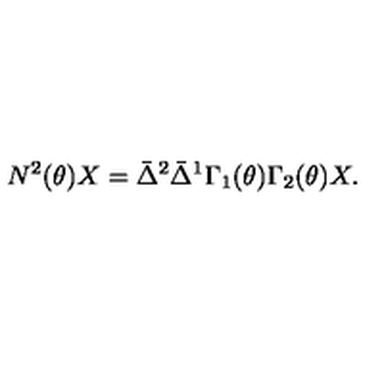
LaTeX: N ^ { 2 } ( \theta ) X = \bar { \Delta } ^ { 2 } \bar { \Delta } ^ { 1 } \Gamma _ { 1 } ( \theta ) \Gamma _ { 2 } ( \theta ) X .